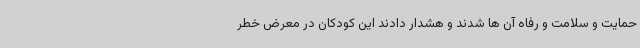
حمایت و سلامت و رفاه آن ها شدند و هشدار دادند این کودکان در معرض خطر